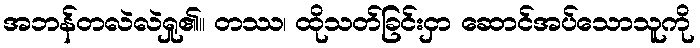
အဘန်တလဲလဲရှု၏။ တဿ၊ ထိုသတ်ခြင်းငှာ ဆောင်အပ်သောသူကို